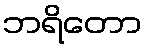
ဘရိတော